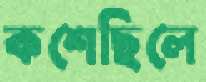
কশেছিলে